Vital statistics of India. Vol. IV, Annual returns from 1871 to 1876. British Army of India, Native Army and jails of Bengal
Year: 1871
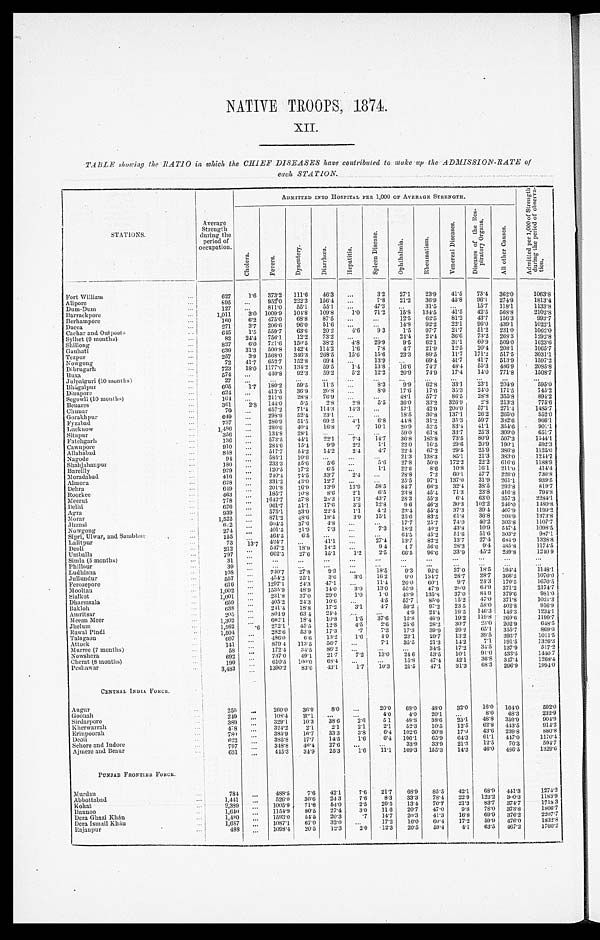
NATIVE TROOPS, 1874.
XII.
TABLE showing the RATIO in which the CHIEF DISEASES have contributed to make up the ADMISSION-RATE of
each STATION.
STATIONS.
Average
Strength
during the
period of
occupation.
ADMITTED INTO HOSPITAL PER 1,000 OF AVERAGE STRENGTH.
A d m i t t e d p e r 1 , 0 0 0 o f S t r e n g t h d u r i n g t h e p e r i o d o f o b s e r v a -
tion.
C h o l e r a . Fe ve r .
D y s e n t e r y .
D i a r r y h œ a .
He p a t i t i s .
S p l e e n D i s e a s e .
O p h t h a l m i a .
Rheumatism.
V e n e r e a l D i s e a s e .
D i s e a s e o f t h e R e s -
p i r a t o r y Or g a n s .
A l l o t h e r C a u s e s .
Fort William
627 1.6 373.2 111.6 46. 3
3.2 27.1 23.9 41.5 73.4 362.0
1063.8
Alipore
895
952.0 222.3 156. 4
7.8 21.2 36.9 45.8 96.1 274.9
1813.4
Dum-Dum
127
811.0 55.1 55. 1
47.3
31.5
15.7 118.1
1133.8
Barrackpore
1,011 3.0 1009.9 104.8 109. 8
1.0 71.2 15.8 134.5 41.5 42.5 568.8
2102.8
Berhampore
160 6.2 475.0 68.8 87. 5
12.5 62.5 81.2 43.7 156.3
993.7
Dacca
271 3.7 206.6 96.0 51. 6
14.8 92.2 22.1 96.0 439.1
1022.1
Cachar and Outposts
645 1.5 559.7 63.6 20. 2
4.6 9.3 1.5 97.7 21.7 51.2 231.0
1062.0
Sylhet (9 months)
82 24.4 756.1 12.2 73. 2
24.4 24.4 36.6 73.2 268.3
1292.8
Shillong
837 6.0 721.6 150.5 38. 2
4.8 29.9 9.5 62.1 31.1 60.9 509.0
1623.6
Gauhati
639 31.3 500.8 142.4 114. 2
1.6 7.8 4.7 21.9 12.5 20.4 208.1
1065.7
Tezpur
257 3.9 1568.0 346.3 268. 5
15.6 15.6 23.3 89.5 11.7 171.2 517.5
3031.1
Nowgong
72 41.7 652.7 152.8 69. 4
13.9
69.4 41.7 41.7 513.9
1597.2
Dibrugarh
723 18.0 1177.0 134.2 59. 5
1.4 13.8 16.6 74.7 48.4 55.3 486.9
2085.8
Buxa
574
440.8 92.3 59. 2
5.2 12.2 20.9 74.9 17.4 14.0 771.8
1508.7
Julpaiguri (10 months)
27
Bhágalpur
605 1.7 180.2 59.5 11. 5
8.3 9.9 62.8 33.1 23.1 204.9
595.0
Dinapore
624
413.5 36.9 2 6 . 8
8.0 17.6 17.6 35.3 24.0 171.5
745.2
Segowli (10 months)
104
211.6 28.8 76. 9
48.1 57.7 86.5 28.8 355.8
894.2
Beuares
361 2 . 8 144.0 5. 5
2 . 8
2.8 5.5 36.0 33.2 326.9
2 . 8 213.3
775.6
Chunar
70
657.2 71.4 114. 3
14.3
57.1 42.9 206.0 57.1 271.4
1485.7
Gorakhpur
649
298.9 52.4 23. 1
18.5 30.8 137.1 26.2 265.0
852.0
Fyzabad
737
280.9 51.5 69. 2
4.1 6.8 44.8 31.2 35.3 59.7 382.6
966.1
Lucknow
1,486
280.6 40.4 16. 8
.7 10.1 20.9 52.5 83.4 41.1 354.5
901.1
Sitapur
356
134.8 28.1
59.0 61.8 33.7 25.3 309.0
6 5 1 . 7
Fatehgarh
136
573.5 44.1 22. 1
7.4 14.7 36.8 183.8 73.5 80.9 507.3
1544.1
Cawnpore
910
284.6 15.4 9 . 9
2.2 1. 1 22.0 16.5 29.6 20.9 190.1
592.3
Allahabad
848
517.7 54.2 14. 2
2.4 4.7 22.4 67.2 29.5 25.9 386.8
1125.0
Nagode
94
585.1 10.6
21.3 138.3 85.1 21.3 383.0
1244.7
Shahjahanpur
180
233.3 55.6 5 . 6
5.6 27.8 50.0 172.2 22.2 616.6
1188.9
Bareilly
929
120.5 17.2 6 . 5
1.1 22.6 8 . 6
10.8 16.1 211.0
414.4
M o r a d a b a d
416
240.4 74.5 33. 7 2.4
28.8 7 . 2
60.1 57.7 226.0
730.8
Almora
628
331.2 43.0 12. 7
25.5 97.1 137.0 31.9 261.1
939.5
Dehra
649
201.8 16.9 13. 9
13.9 58.5 84.7 66.3 32.4 38.5 292.8
819.7
Roorkee
463
185.7 10.8 8 . 6
2.1
6 . 5 23.8 454. 71.3 23.8 416.8
794.8
Meerut
778
1642.7 57.8 28. 3
1.3 43.7 28.3 55.3 6. 4 63.0 357.3
2284.1
Delhi
6 2 6
961.7 51.1 17. 6
3.2 12.8 9.6 46.3 30.3 102.2 246.0
1480.8
A g r a
939
575.1 33.0 22. 4
1.1 4.2 23.4 55.4 37.3 39.4 407.9
1199.2
Morar
1522
871.2 48.6 18. 4
3.9 15.1 25.6 83.5 61.8 36.8 208.9
1373.8
Jhansi
6 2 2
604.5 37.0 4 . 8
17.7 25.7 74.0 40.2 303.8
1107.7
Nowgong
274
401.5 21. 9
7 . 3
7.3 18.9 40.2 43.8 10.9 54. 7. 4
1 0 9 8 . 5
Sipri, Ulwar, and Sambhur
155
464.5 6. 5
64.5 45.2 51.6 51.6 303.2
987.1
Lalitpur
73 1 3 . 7 424.7
41. 1
27.4 13.7 82.2 13.7 27.4 684.9
1328.8
Deoli
212
547.2 18.9 14. 2
9.4
4 . 7 56.6 28.3 9.4 485.8
1174.5
Umballa
797
662.5 27.6 15. 1
1.2 2.5 66.5 96.6 33.9 45.2 239.8
1240.9
Simla (5 months)
31
Phillour
39
Ludhiana
108
740.7 27.8 9.3
18.5 9.3 92.6 37.0 18.5 194.4
1148.1
Jul l undur
557
454.2 25. 1
3.6 3.6 16.2 9.0 134.7 28.7 28.7 366.2
1070.0
Ferozepore
616
1297.1 24.3 47.1
11.4 26.0 60.1 9. 7 24.3 170.5
1670.5
Mooltan
1,002
1 5 3 5 . 9
48.9 14.0 3.0 13.0 55.9 47.9 20.0 64.9 371.2
2174.7
Sialkot
1,001
231.8 37.0 29.0 1.0 1.0 43.9 135.8 37.0 84.9 379.6
981.0
Dharmsala
659
405.2 24.3 10.6
4.5 57.7 85. 0
15.2 47.0 371.8
1021.3
Bakloh
638
241.4 18.8 17.2 3.1 4.7 50.2 97.2 23 5 58.0 402.8
916. 9
Amritsar
205
804.9 63.4 24.4
4.9 24.4 19.5 146.3 146.3
1234.1
Meean Meer
1,302
662.1 18.4 10.8 1.5 37.6 13.8 46.9 19.2 119.8 269.6
1199.7
Jhelum
1,562
.6 272.1 45.5 12.8 4.5 2.6 25.6 28.2 30.7
2 3 . 0 202.9
648. 5
Rawal Pi ndi
1,504
282.6 53.9 17.3
.7 7.3 17.3 39.9 29.2
6 5 . 1 355.7
869. 0
Talagaon
6 0 7
486.0 6.6 13.2 1.6 4.9 23.1 29.7 13.2 39.5 393.7
1011.5
Attock
141
879.4 113.5 56.7
7.1 35.5 21.3 14.2 7.1 191.5
1326.3
Murree (7 mouths)
58
172.4 34.5 86.2
34.5 17.2
3 4 . 5 137.9
517.2
Nowshera
692
737.0 49.1 21.7 7.2 13.0 24.6 53.5 10.1
433.5
1440.7
Cherat (8 months)
190
610.5 100.0 68.4
15.8 47.4 42.1 36.8 347.4
1268.4
Peshawar
3,483
1390.2 83.6 43.1
1.7 10.3 21.5 47.1 31.3 68.3 296.9
1994.0
CENTRAL INDIA FORCE
Augur
250
260.0 36.0 8.0
20.0 68.0 48.0 32.0 16.0 104.0
592. 0
Goonah
249
108.4 20.1
4.0 4.0 20.1
8.0 68.3
232. 9
Sirdarpore
389
329.1 10.3 38.6 2.6 5.1 48.8 38.6 23.1 48.8 359.9
904. 9
Kherwarrah
478
324.2 2.1 2.1 2.1 2.1 52.3 10.5 12.5 62.8 443.5
914.2
Er i npoor ah
780
385.9 16.7 33.3 3.8 6.4 102.6 30.8 17.9
4 3 . 6 239.8
8 8 0 . 8
Deoli
622
385.8 17.7 14.5 1.6 6.4 106.1 65.9 64.3
61. 1 447.0
1 1 7 0 . 4
Sehore and Indore
797
348.8 46.4 27.6
33.9
3 3 . 9
2 1 . 3 12. 5 70.3
5 9 4 . 7
Ajmere and Beaur
631
445.3 34.9 25.3 1.6 11.1 109.3 155.3 14.3 46.0 486.5 1329. 6
P U N J A B F R O N T I E R F O R C E .
Murdan
784
488.5 7.6 42.1 7.6 21.7 68.9 85.5 42.1 68.9 441.3 1274.2
Abbottabad
1,441
526.0 30.6 24.3 7.6 8.3 33.3 78.4 22.9 122.2 300.3 1183. 9
Kohat
2,389
1005.9 71.6 54.0 2.5 20.5 13.4 70.7 21.3 83.7 374.7 1718 3
Bu n n o o
1,640
1154.9 80.5 27.4 3.0 11.6 20.7 47.0 9.8 78.0 373.8 1806. 7
Dora Ghazi Khán
1,430
1593.0 54.5 20.3
.7 14.7 20.3 41.3 16.8 69.9 376.2 2207.7
Dera Ismail Khán
1,687
1087.1 67.0 32.0
17.2 16.0 60.4 17.2 59.9 476.0 1832.8
Rajanpur
4 8 8
1098.4 20.5 12.3 2.0 12.3 20.5 59.4 4.1 63.5 467.2 1760. 2